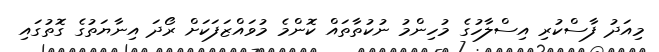
މިއަދު ފާސްކުރި އިސްލާހުގެ މުހިންމު ނުކުތާތައް ކޮންމެ މުވައްޒަފަކަށް ރޯދަ އިނާޔަތުގެ ގޮތުގައި